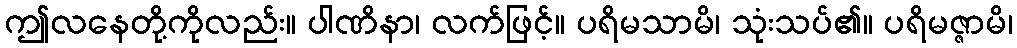
ဤလနေတို့ကိုလည်း။ ပါဏိနာ၊ လက်ဖြင့်။ ပရိမသာမိ၊ သုံးသပ်၏။ ပရိမဇ္ဇာမိ၊